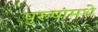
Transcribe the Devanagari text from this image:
पुरुषांमधे